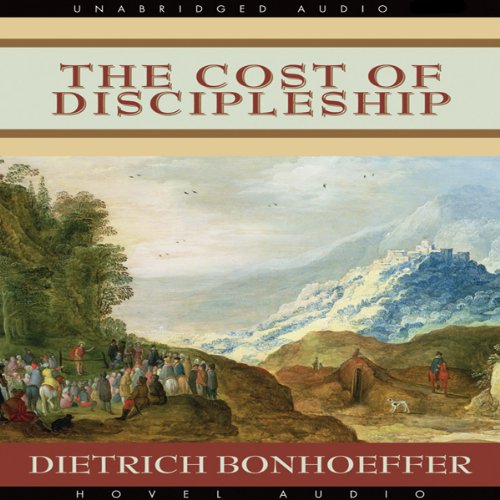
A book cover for The Cost of Discipleship; Dietrich Bonhoeffer; Christian Books & Bibles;